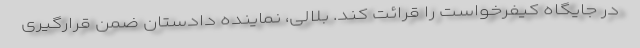
در جایگاه کیفرخواست را قرائت کند. بلالی، نماینده دادستان ضمن قرارگیری